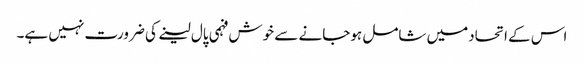
اس کے اتحادمیں شامل ہوجانے سے خوش فہمی پال لینے کی ضرورت نہیں ہے۔